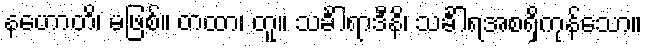
နဟောတိ၊ မဖြစ်။ တထာ၊ တူ။ သင်္ခါရာဒီနိ၊ သင်္ခါရအစရှိကုန်သော။